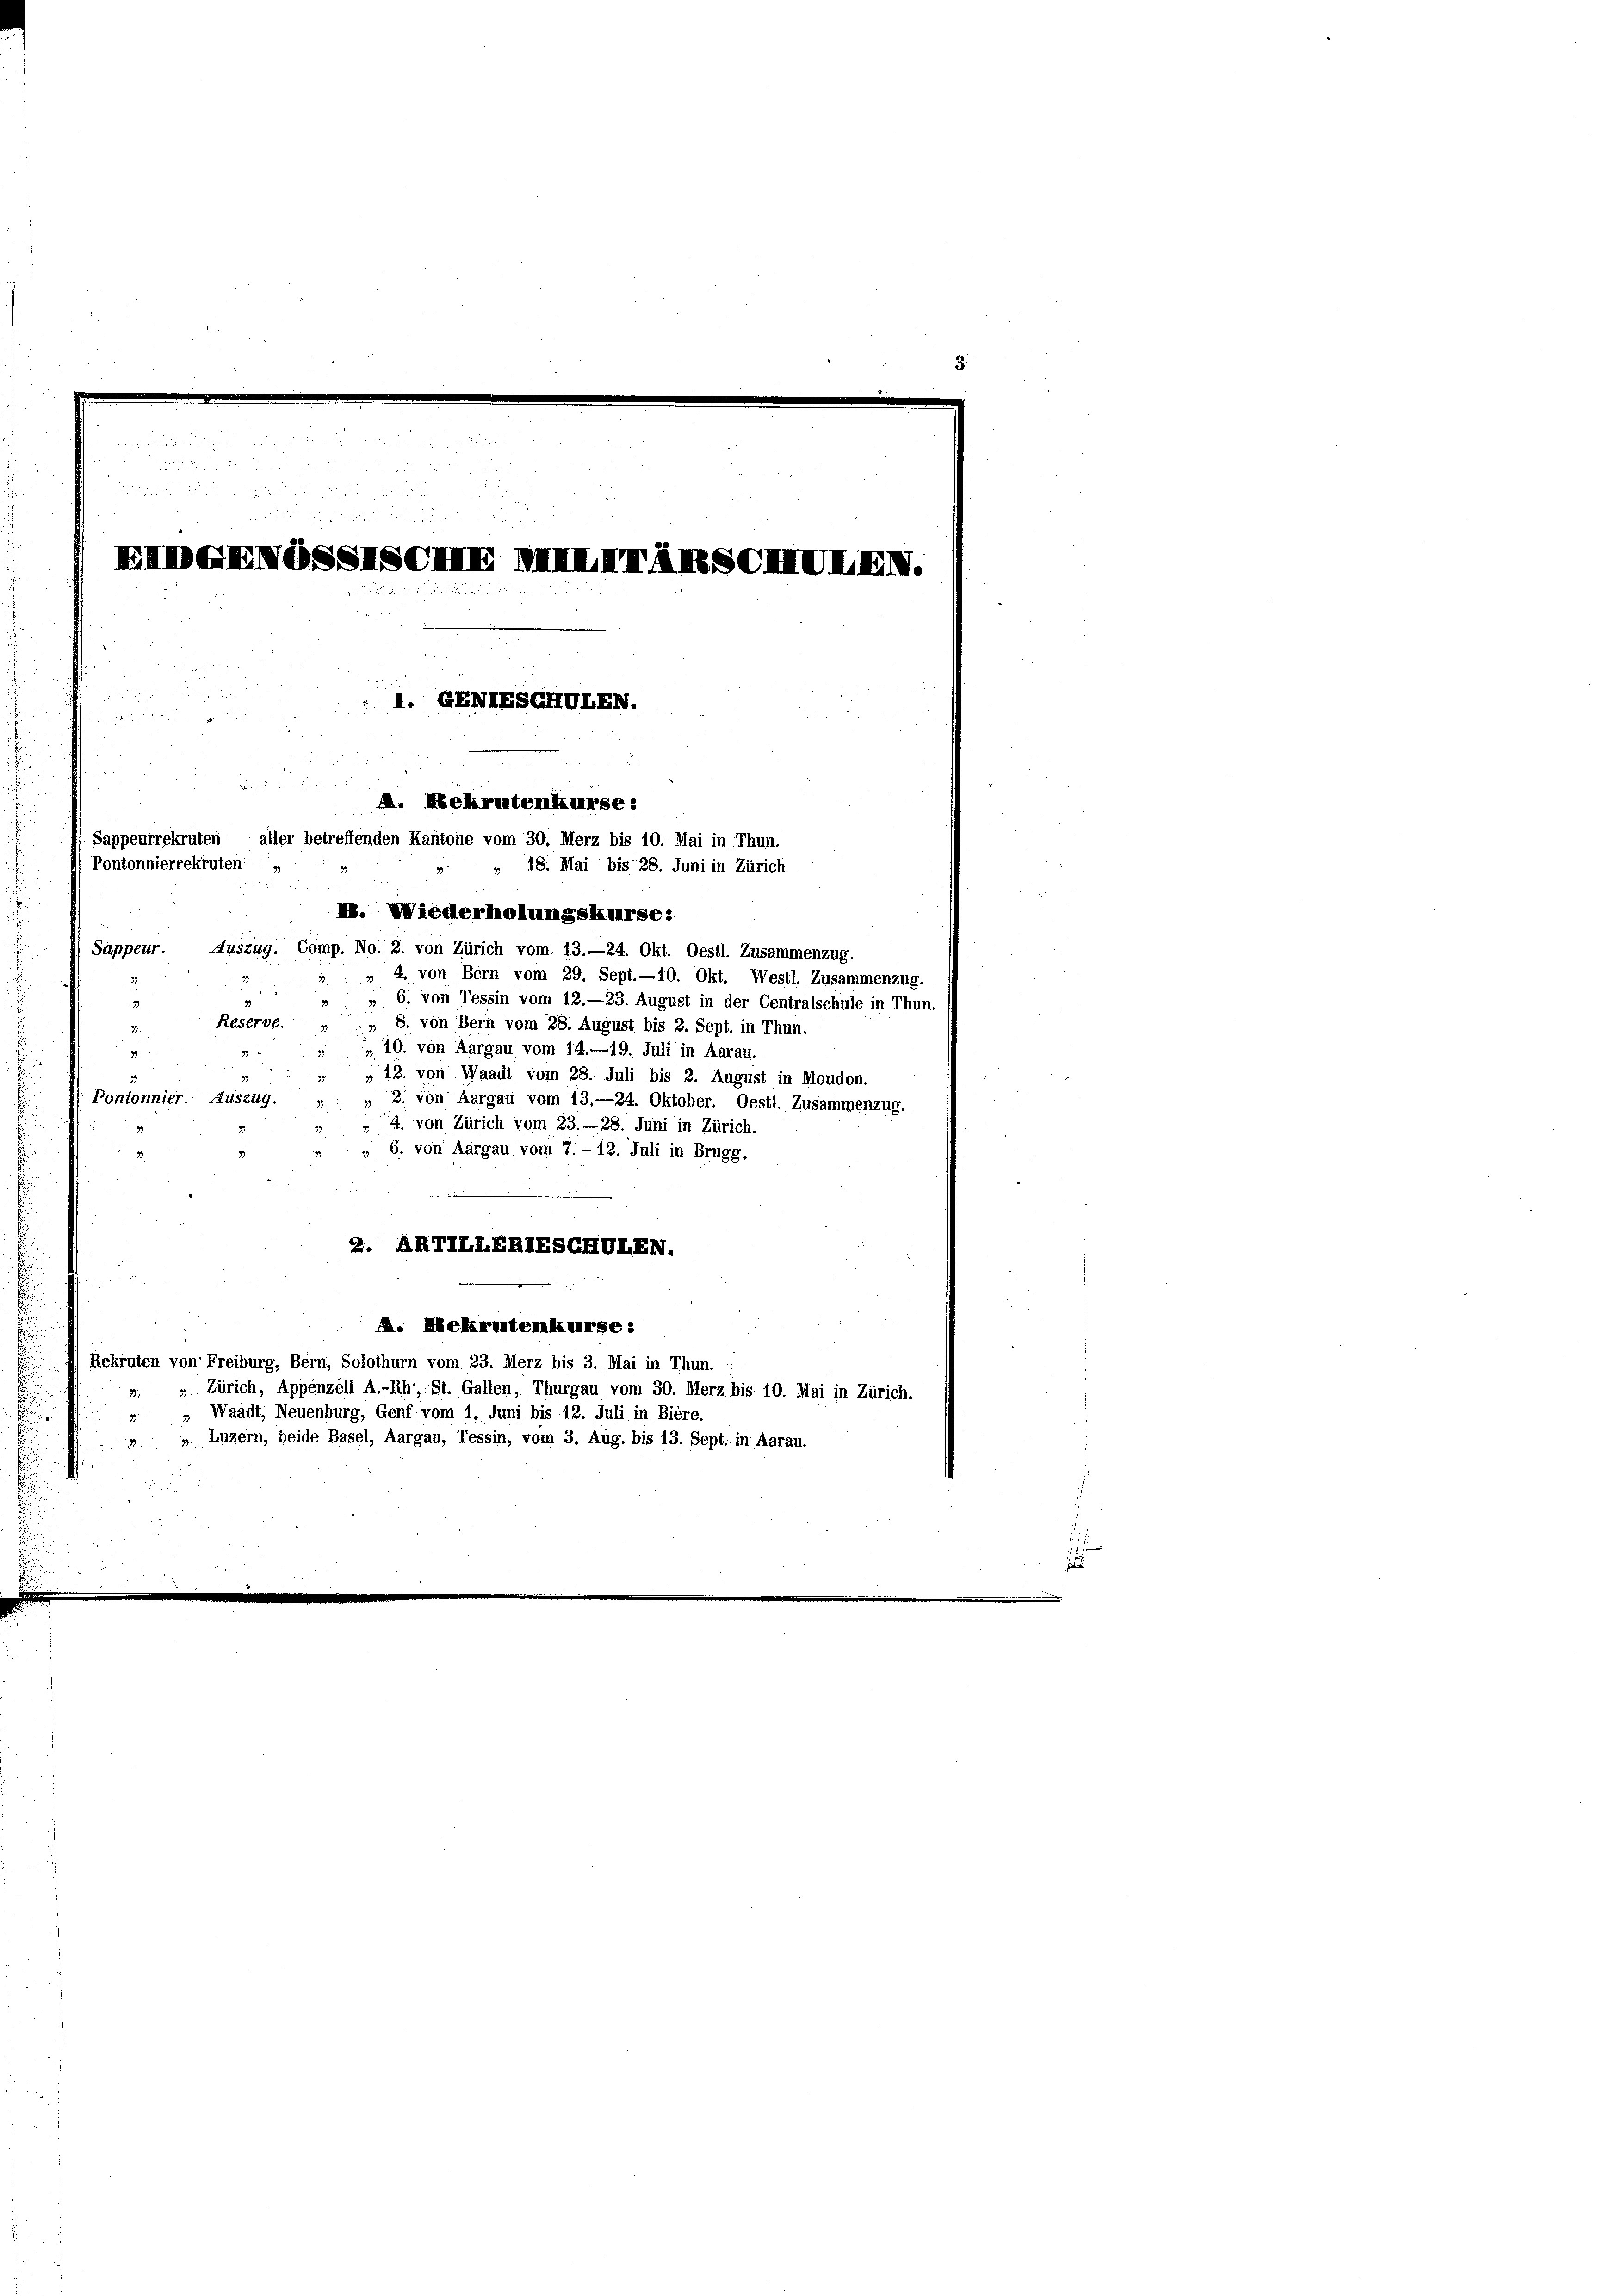
Sappeur. Auszug. Comp. No. 2. von Zürich vom 13.—24. Okt. Oestl. Zusammenzug.
» 4. von Bern vom 29. Sept.—10. Okt. Westl. Zusammenzug.
» 6. von Tessin vom 12.—23. August in der Centralschule in Thun.
2
Reservé. " " 8. von Bern vom 28. August bis 2. Sept. in Thun.
73.
„ 10. von Aargau vom 14.—19. Juli in Aarau.

" " 13. von Waadt vom 28. Juli bis 2. August in Moudon.
Pontonnier. Auszug.
„ 2. von Aargau vom 13.—24. Oktober. Oestl. Zusammenzug.
4. von Zürich vom 23. 28. Juni in Zürich
38
 S. von Aargau vom 7. - 12. Juli in Brugg.
2. ARIILLERIESCHULEN.
. Rekrutenkurse:
Rekruten von Freiburg, Bern, Solothurn vom 23. Merz bis 3. Mai in Thun.
Zürich, Appenzell A.-Rh., St. Gallen, Thurgau vom 30. Merz bis 10. Mai in Zürich.
Waadt, Neuenburg, Genf vom 1. Juni bis 12. Juli in Biere.
e
» Luzern, beide Basel, Aargau, Tessin, vom 3. Aug. bis 13. Sept: in Aarau.

3

x

IDGXNOSSUSCHI IXXIII ATSCHIVI XIV.
I. GEMIESCHULEN.
n
M. Rekrutenkurse:
aller betreffenden Kantone vom 30. Merz bis 10. Mai in Thun.
Sappeurrekruten
Pontonnierrekruten
18. Mai bis 28. Juni in Zürich
I. Wiederholungskurse: